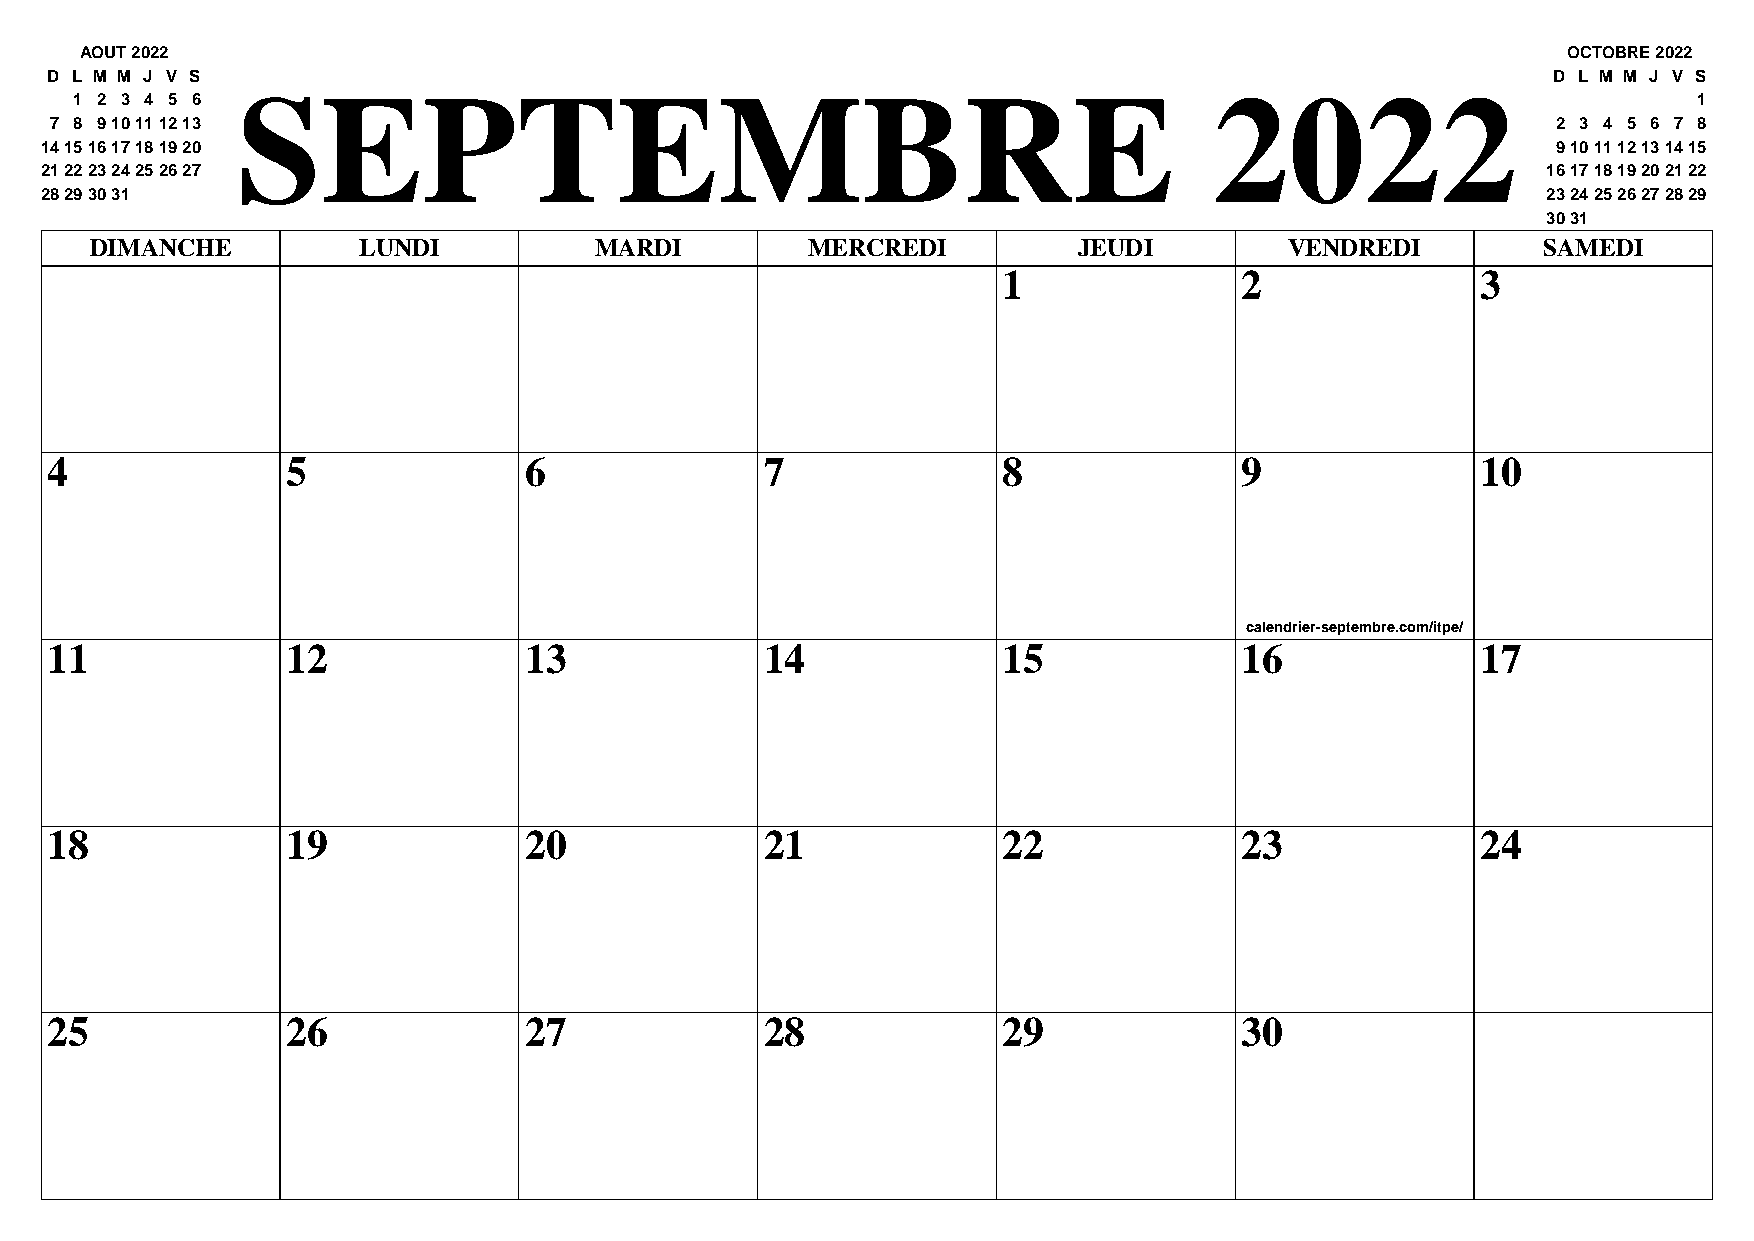
AOUT 2022                                                                                          OCTOBRE 2022
 D L M M J V S                                                                                       D L M M J V S
 SEPTEMBRE                                                       2022
 1 2 3 4 5 6                                                                                                1
 7 8 910111213                                                                                       2 3 4 5 6 7 8
 14151617181920                                                                                      9101112131415
 21222324252627                                                                                     16171819202122
 28293031                                                                                           23242526272829
 3031
 DIMANCHE          LUNDI          MARDI         MERCREDI          JEUDI         VENDREDI         SAMEDI
 1               2               3
 4               5               6               7              8               9               10
 calendrier-septembre.com/itpe/
 11              12              13              14             15              16              17
 18              19              20              21             22              23              24
 25              26              27              28             29              30